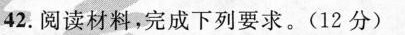
42.阅读材料，完成下列要求。(12分)